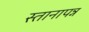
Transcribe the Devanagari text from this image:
स्तानापन्न